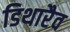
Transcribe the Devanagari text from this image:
डिथारैव